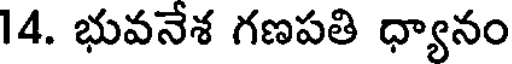
14. భువనేశ గణపతి ధ్యానం